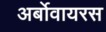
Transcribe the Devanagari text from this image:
अर्बोवायरस